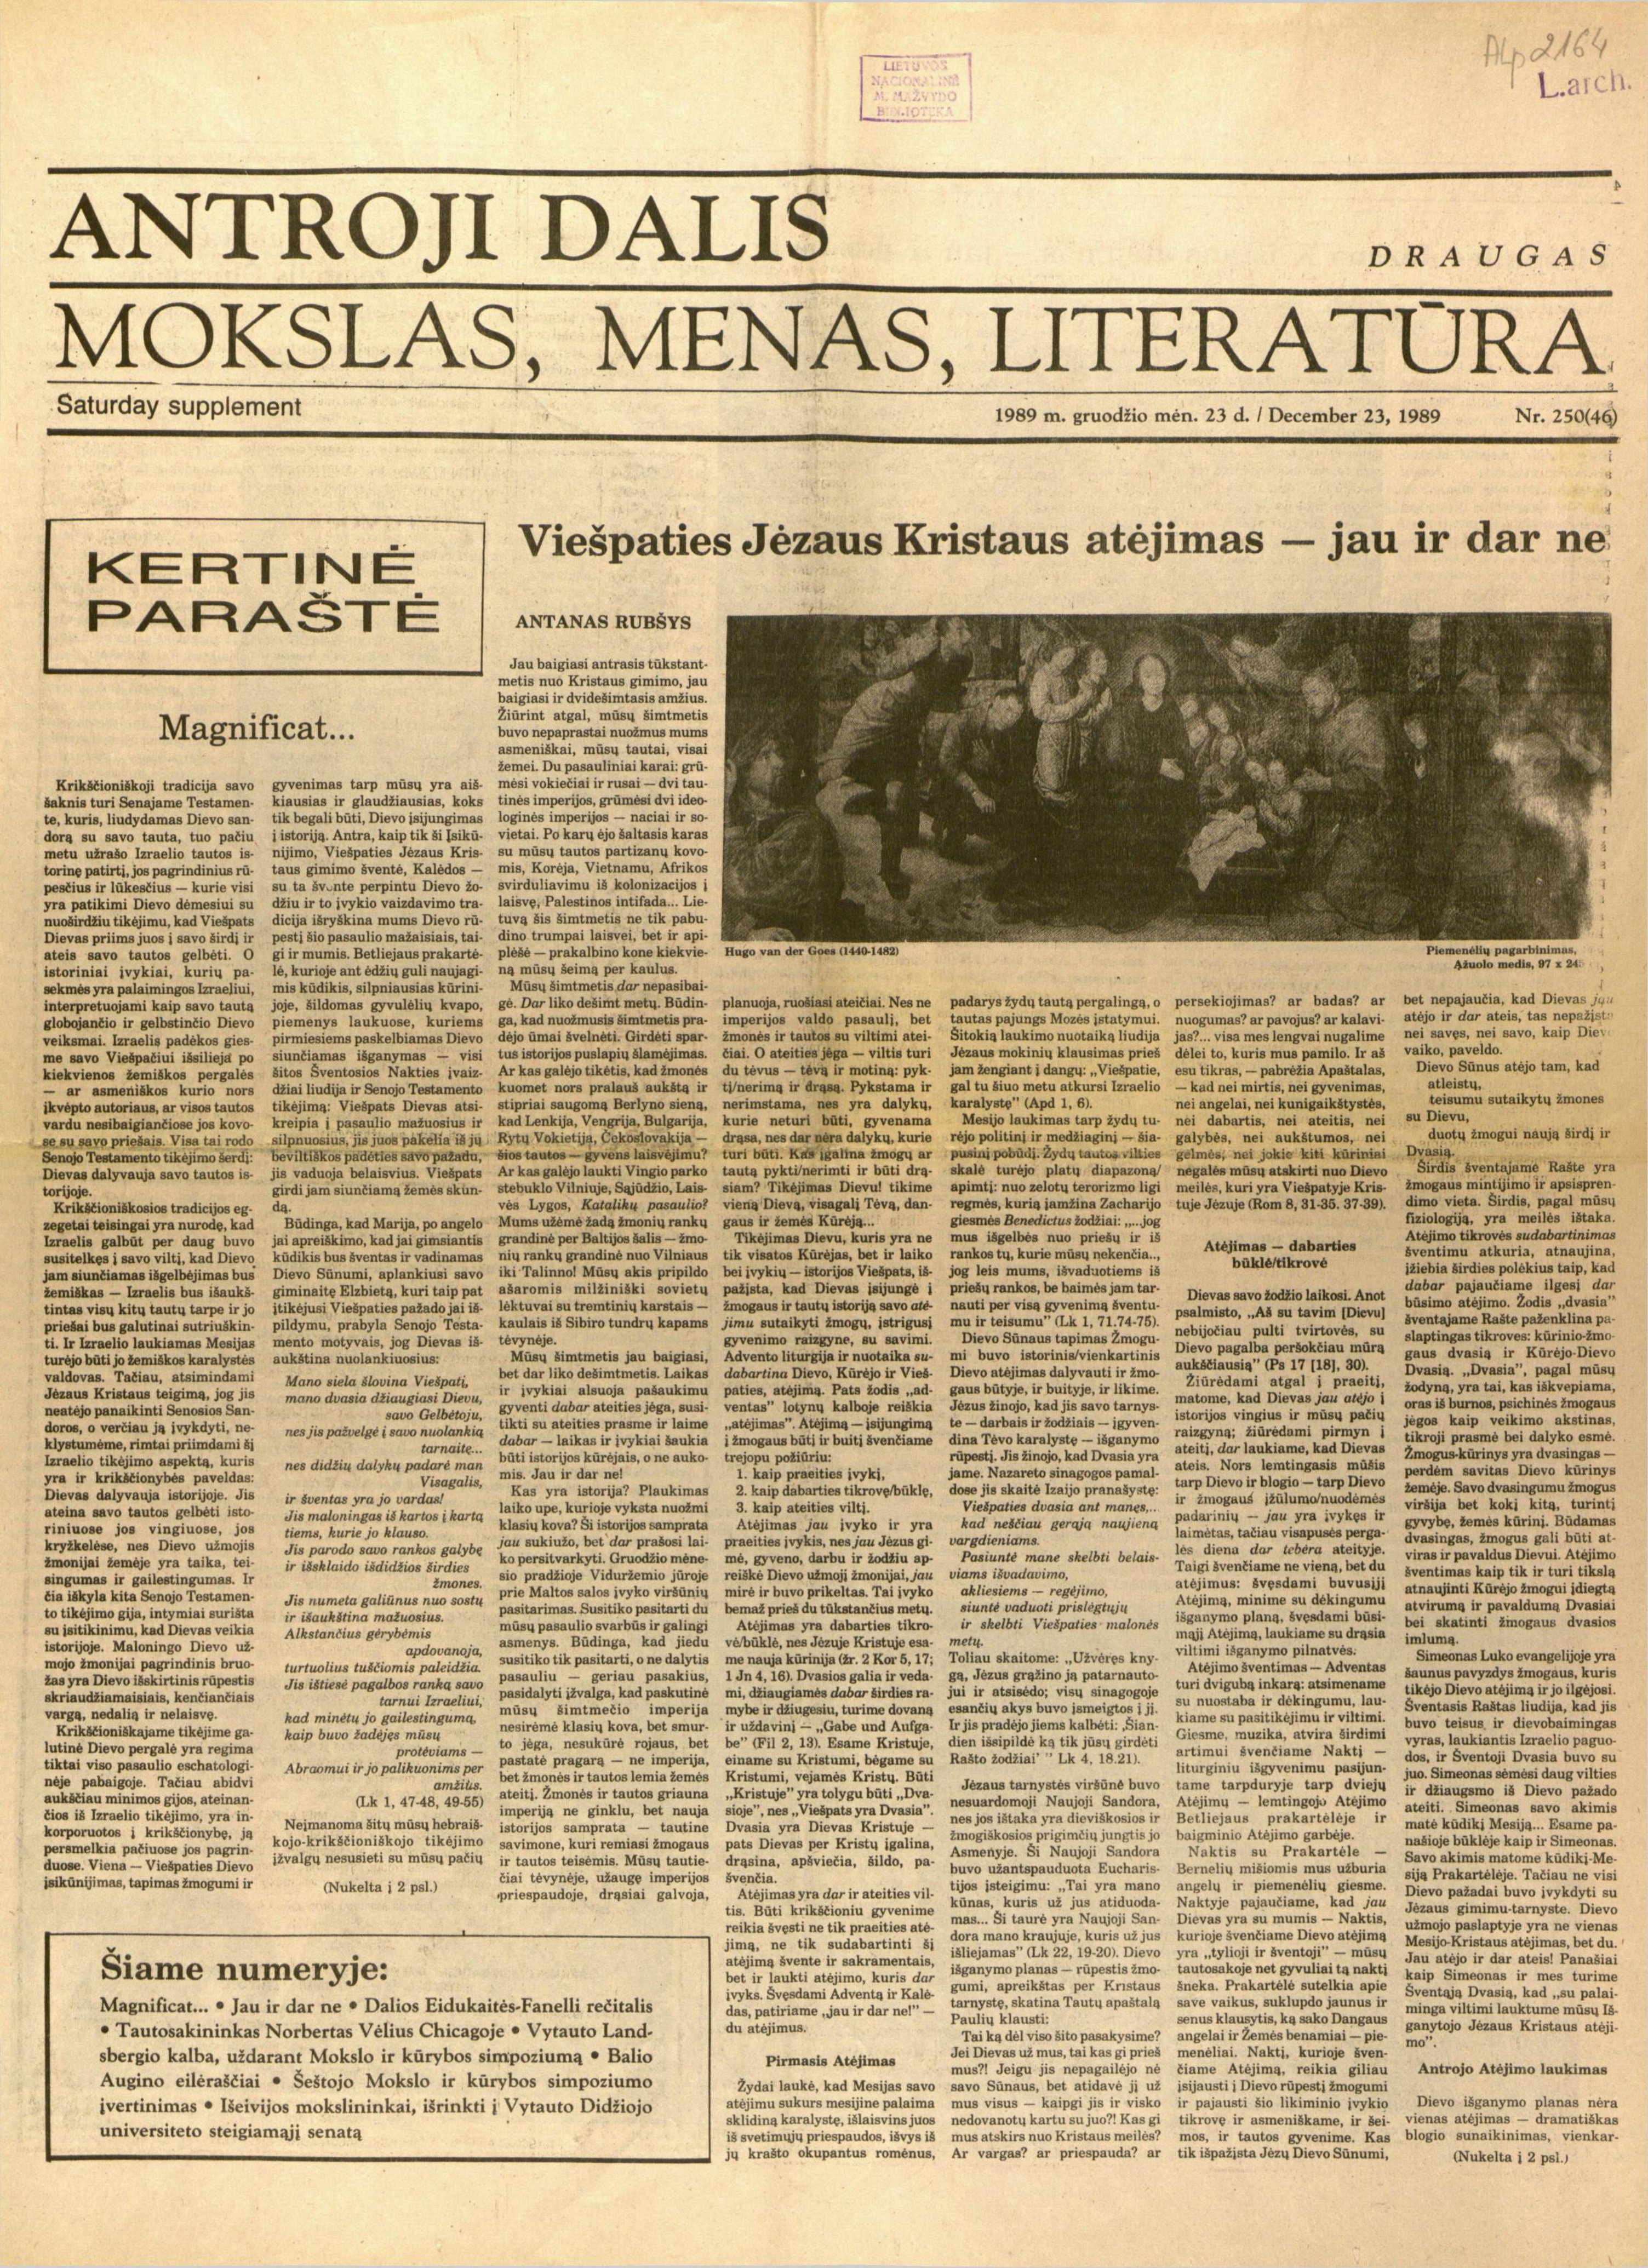
Language: lt